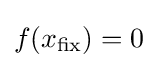
f(x_{\text{fix}})=0